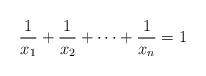
LaTeX: \begin{align*}\frac{1}{x_1 } + \frac{1}{x_2 } + \cdots + \frac{1}{x_n } = 1\end{align*}